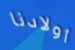
أولادنا